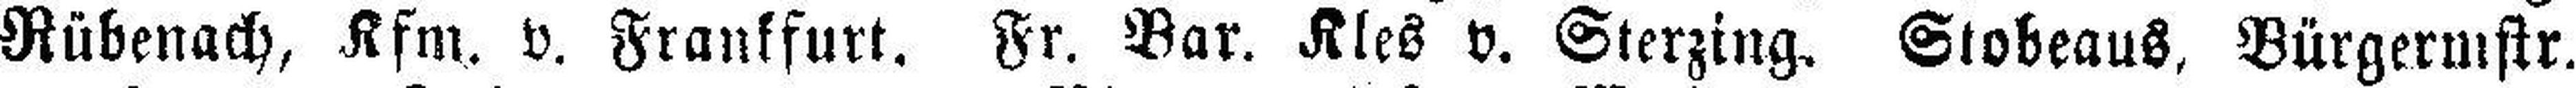
Rübenach, Kfm. v. Frankfurt. Fr. Bar. Kles v. Sterzing. Stobeaus, Bürgermstr.